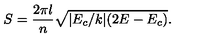
S = \frac { 2 \pi l } { n } \sqrt { | E _ { c } / k | ( 2 E - E _ { c } ) } .